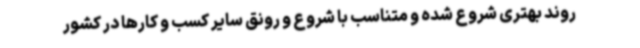
روند بهتری شروع شده و متناسب با شروع و رونق سایر کسب و کارها در کشور